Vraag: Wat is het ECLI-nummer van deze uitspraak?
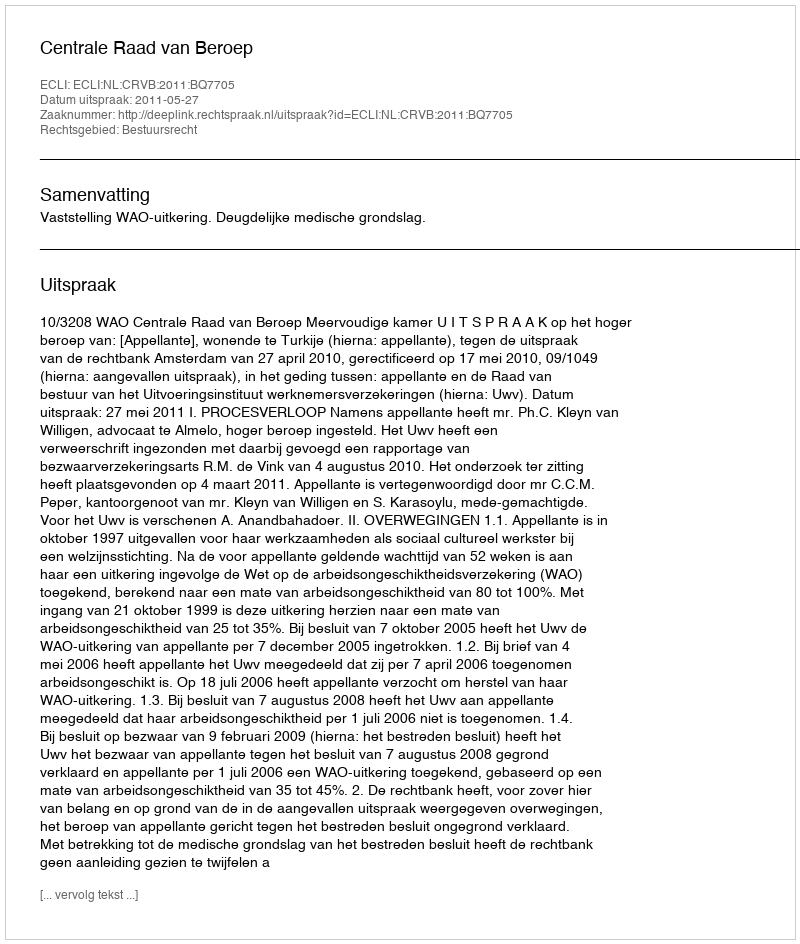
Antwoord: ECLI:NL:CRVB:2011:BQ7705